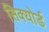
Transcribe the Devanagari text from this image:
सिक्योर्ड